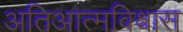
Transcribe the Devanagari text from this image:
अतिआत्मविश्वास